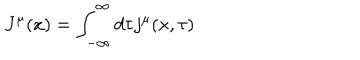
J ^ { \mu } ( x ) = \int _ { - \infty } ^ { \infty } d \tau j ^ { \mu } ( x , \tau )